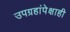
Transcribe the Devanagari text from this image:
उपग्रहांपेक्षाही